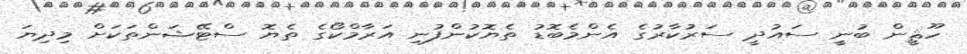
ހޫޘީން ބުނީ ސައުދީ ސަރުކާރުގެ އެންމެބޮޑު ތެޔޮކުންފުނި އަރާމްކޯގެ ތެޔޮ ސްޓޭޝަންތަކަށް މިދިޔަ